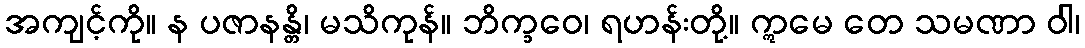
အကျင့်ကို။ န ပဇာနန္တိ၊ မသိကုန်။ ဘိက္ခဝေ၊ ရဟန်းတို့။ ဣမေ တေ သမဏာ ဝါ၊